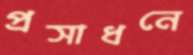
প্রসাধনে